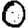
Digit: 0